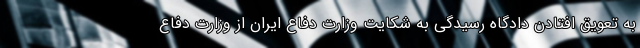
به تعویق افتادن دادگاه رسیدگی به شکایت وزارت دفاع ایران از وزارت دفاع